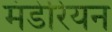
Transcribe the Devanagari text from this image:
मंडेरियन